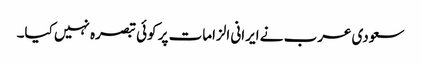
سعودی عرب نے ایرانی الزامات پر کوئی تبصرہ نہیں کیا۔